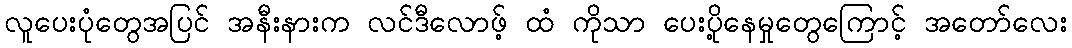
လူပေးပုံတွေအပြင် အနီးနားက လင်ဒီလောဖ့် ထံ ကိုသာ ပေးပို့နေမှုတွေကြောင့် အတော်လေး